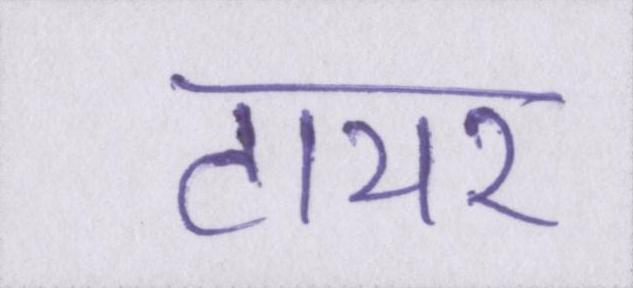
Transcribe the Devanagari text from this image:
टायर